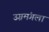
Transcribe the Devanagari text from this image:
उग्रमंगला